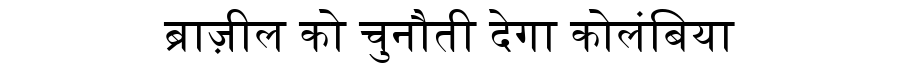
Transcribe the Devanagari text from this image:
ब्राज़ील को चुनौती देगा कोलंबिया